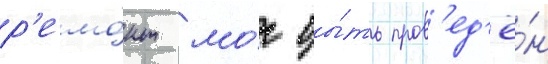
р'емо́нт мо́г бы́ть пров'ед'ё́н